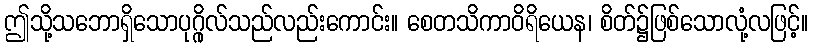
ဤသို့သဘောရှိသောပုဂ္ဂိုလ်သည်လည်းကောင်း။ စေတသိကာဝိရိယေန၊ စိတ်၌ဖြစ်သောလုံ့လဖြင့်။